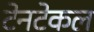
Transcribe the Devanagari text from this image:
टेनटेकल